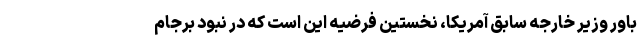
باور وزیر خارجه سابق آمریکا، نخستین فرضیه این است که در نبود برجام